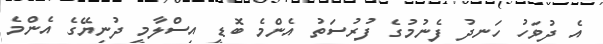
އެ ދުވަހު ހަނދު ފެނުމުގެ ފުރުސަތު އެންމެ ބޮޑީ އިސްލާމީ ދުނިޔޭގެ އެންމެ